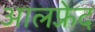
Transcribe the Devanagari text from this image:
आलफ़्रेद